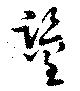
鑑